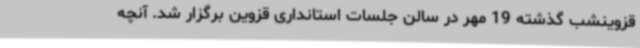
قزوینشب گذشته 19 مهر در سالن جلسات استانداری قزوین برگزار شد. آنچه